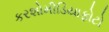
કરશોમીડિયાફોટો